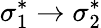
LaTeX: \sigma_{1}^{*}\to\sigma_{2}^{*}